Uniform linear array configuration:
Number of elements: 48
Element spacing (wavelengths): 1
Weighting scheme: kaiser
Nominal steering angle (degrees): -60
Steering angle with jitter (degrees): -58.504
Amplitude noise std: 0.05
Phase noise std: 0.05

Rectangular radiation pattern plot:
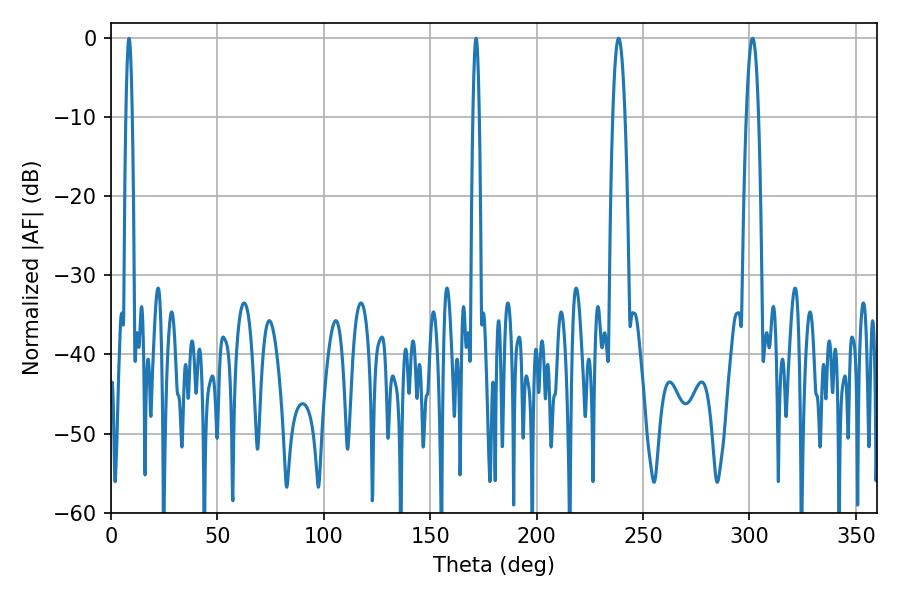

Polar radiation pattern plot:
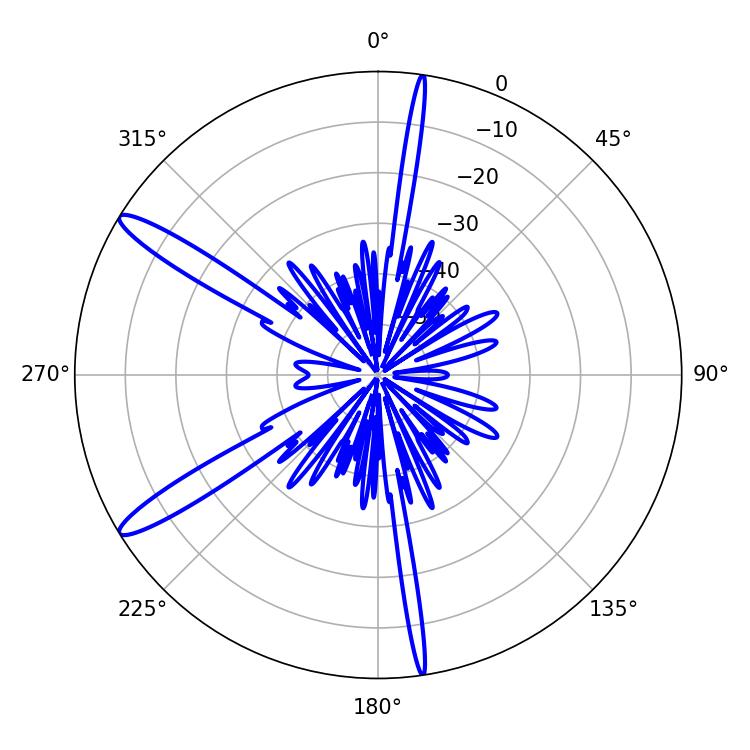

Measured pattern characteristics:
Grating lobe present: TRUE
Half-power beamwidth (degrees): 1.44
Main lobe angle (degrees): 8.46